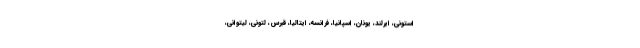
استونی، ایرلند، یونان، اسپانیا، فرانسه، ایتالیا، قبرس، لتونی، لیتوانی،